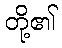
တို့၏